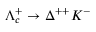
\Lambda _ { c } ^ { + } \to \Delta ^ { + + } K ^ { - }